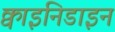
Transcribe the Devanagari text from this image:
क्वाइनिडाइन